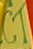
CT